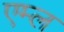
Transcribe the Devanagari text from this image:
एम्ल